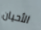
الأحيان